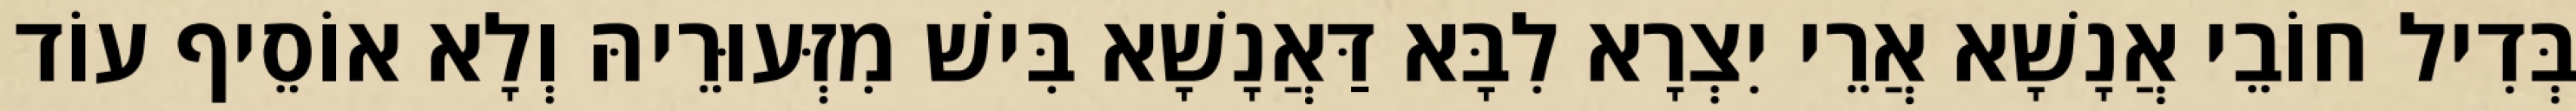
בְּדִיל חוֹבֵי אֲנָשָׁא אֲרֵי יִצְרָא לִבָּא דַּאֲנָשָׁא בִּישׁ מִזְּעוּרֵיהּ וְלָא אוֹסֵיף עוֹד